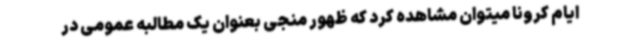
ایام کرونا میتوان مشاهده کرد که ظهور منجی بعنوان یک مطالبه عمومی در